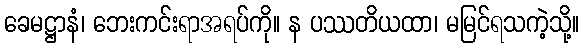
ခေမဋ္ဌာနံ၊ ဘေးကင်းရာအရပ်ကို။ န ပဿတိယထာ၊ မမြင်ရသကဲ့သို့။